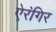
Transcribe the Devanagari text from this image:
ऐरंगिर